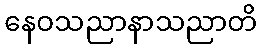
နေဝသညာနာသညာတိ